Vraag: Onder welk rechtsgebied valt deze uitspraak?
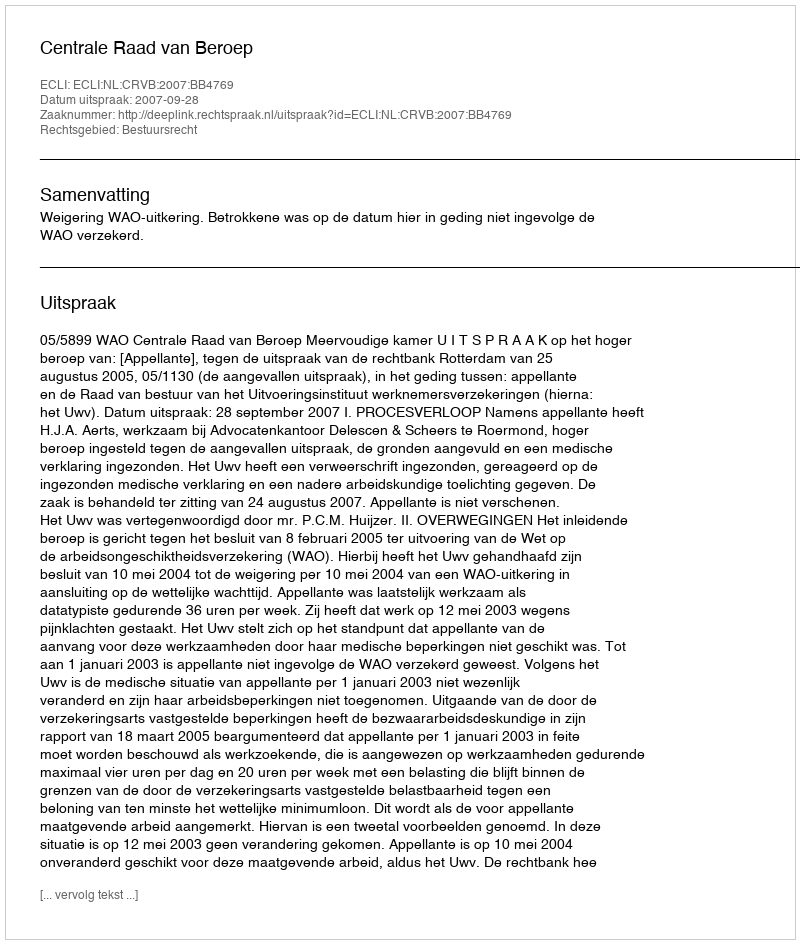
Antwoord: Bestuursrecht